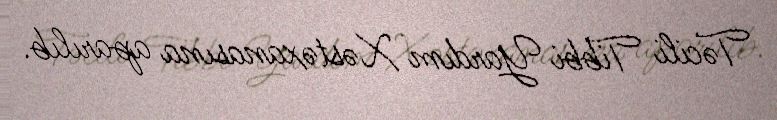
Təcili Tibbi Yardım Xəstəxanasına aparılıb.